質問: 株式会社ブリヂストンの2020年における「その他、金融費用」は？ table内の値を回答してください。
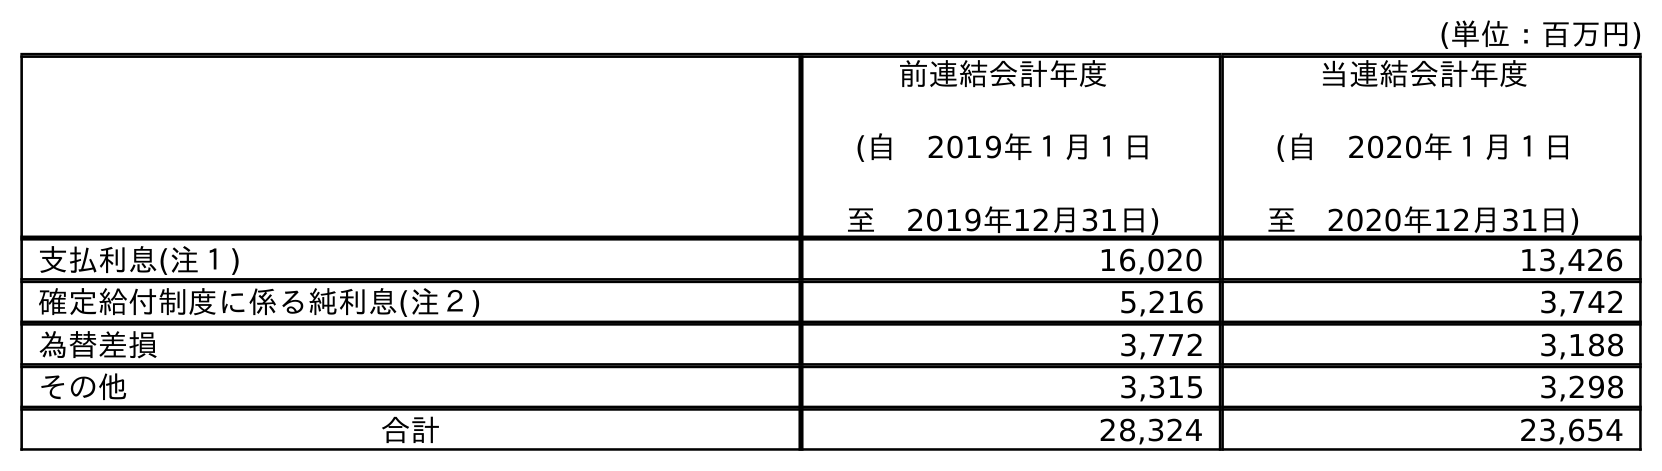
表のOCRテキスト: (単位：百万円) 前連結会計年度 (自 2019年１月１日 至 2019年12月31日) 当連結会計年度 (自 2020年１月１日 至 2020年12月31日) 支払利息(注１) 16,020 13,426 確定給付制度に係る純利息(注２) 5,216 3,742 為替差損 3,772 3,188 その他 3,315 3,298 合計 28,324 23,654
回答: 3,298